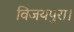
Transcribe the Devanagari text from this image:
विजयपुरा।